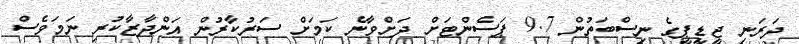
ދަރަނި ޖީޑީޕީގެ ނިސްބަތުން 9.7 ޕަސެންޓަށް ދަށްވާނެ ކަމަށް ސަރުކާރުން އަންދާޒާކުރި ނަމަވެސް